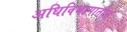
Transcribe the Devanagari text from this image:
अधिविभागातील